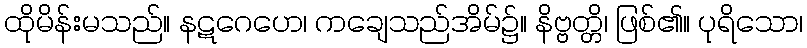
ထိုမိန်းမသည်။ နဋဂေဟေ၊ ကချေသည်အိမ်၌။ နိဗ္ဗတ္တိ၊ ဖြစ်၏။ ပုရိသော၊